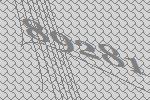
89281